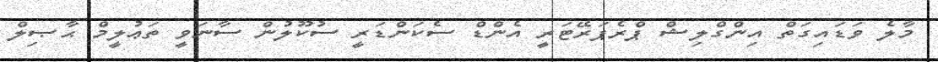
މާލެ ވަޑައިގަތް އިންގްލިޝް ޕްރެޕަރޭޓަރީ އެންޑް ސެކަންޑަރީ ސުކޫލުން ސާނަވީ ތަޢުލީމް ޙާޞިލް